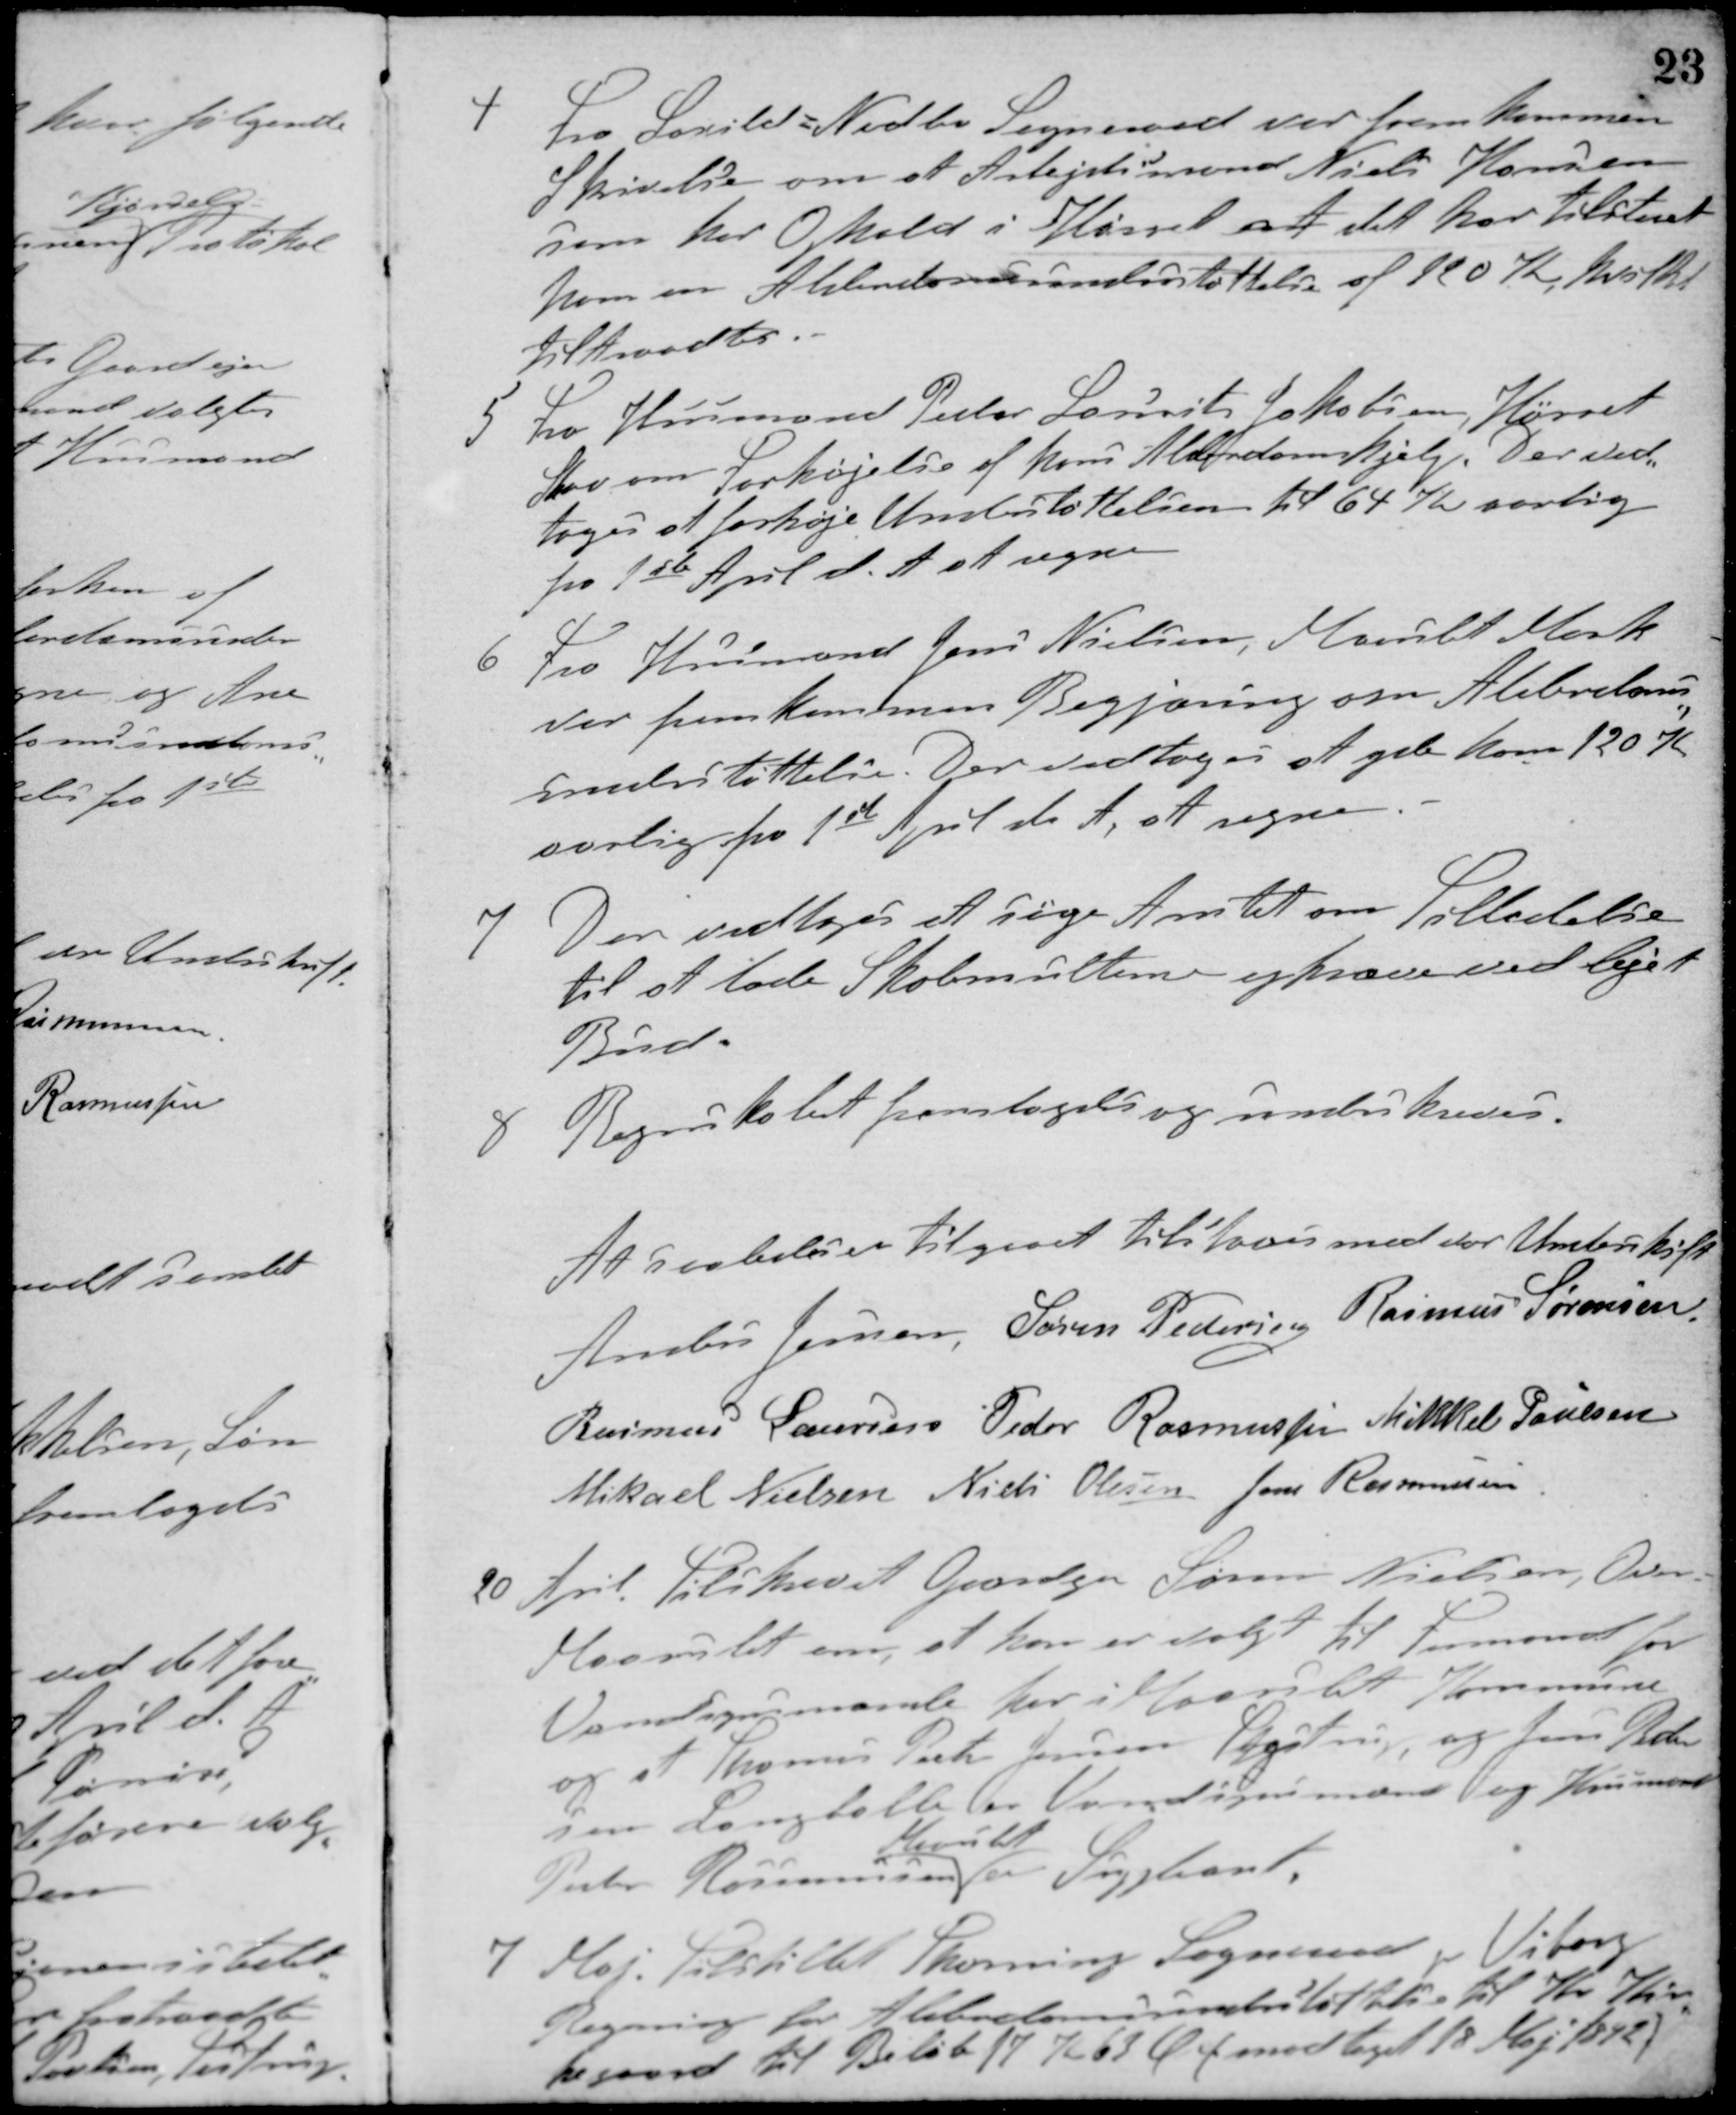
Transskription:
4 Fra Saxild-Nedbo Sogneraad var fremkommen
Skrivelse om at Arbejdsmand Niels Hansen
som har Ophold i Hørret at det har tilstaaet
ham en Alderdomsunderstøttelse af 120 Kr. hvilket
tiltraadtes.
5 Fra Husmand Peter Laurits Jakobsen, Hørret
Skov om Forhøjelse af hans Alderdomshjælp. Der ved-
toges at forhøje Unterstøttelsen til 64 K. aarlig
fra 1ste April d. A. at regne
6 Fra Husmand Jens Nielsen, Maarslet Mark
var fremkommen Begjæring om Alderdoms-
understøttelse. Der vedtoges at yde ham 120 K.
aarlig fra 1ste April d. A. at regne
7. Der vedtoges at søge Amtet om Tilladelse
til at lade Skolemulterne opkræve ved lejet
Bud.
8 Regnskabet fremlagdes og underskreves.
At saaledes tilgaaet tilstaaes med vor Underskift
Anders Jensen Søren Pedersen Rasmus Sørensen
Rasmus Laursen Peder Rasmussen Mikkel Poulsen
Mikael Nielsen Niels Olesen Jens Rasmussen
20 April. Tilskrevet Gaardejer Søren Nielsen, Over
Maarslet om, at han er valgt til Formand for
Vandsynsmænde her i Maarslet Kommune
og at Thomas Peter Jensen Testrup, og Jens Peder-
sen Langballe er Vandsynsmænd og Husmand
Peter Rasmussen
Maarslet
er Suppleant.
7 Maj. Tilstillet Thorning Sogneraad pr Viborg
Regning for Alderdomsunderstøttelse til Kr. Kir-
kegaard til Beløb 17 K. 63 Øre (modtaget 18 Maj 1892)